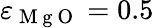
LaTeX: \varepsilon_{\mathrm{~M~g~O~}}=0.5